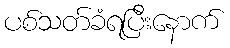
ပစ်သတ်ခံရပြီးနောက်